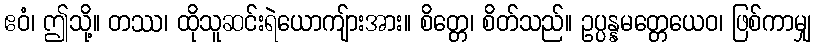
ဧဝံ၊ ဤသို့။ တဿ၊ ထိုသူဆင်းရဲယောကျ်ားအား။ စိတ္တေ၊ စိတ်သည်။ ဥပ္ပန္နမတ္တေယေဝ၊ ဖြစ်ကာမျှ